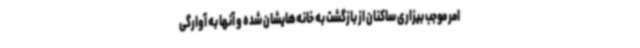
امر موجب بیزاری ساکنان از بازگشت به خانه‌هایشان شده و آنها به آوارگی